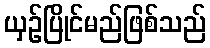
ယှဉ်ပြိုင်မည်ဖြစ်သည်